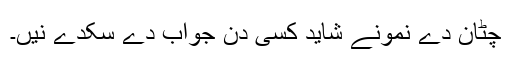
چٹان دے نمونے شاید کسی دن جواب دے سکدے نيں۔